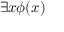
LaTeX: \exists x \phi ( x )